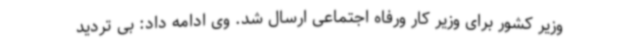
وزیر کشور برای وزیر کار ورفاه اجتماعی ارسال شد. وی ادامه داد: بی تردید